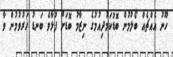
ހޫނު އެއްޗެއް ބޯލުމުން ބޮޑުކަމުދިއުމުގެ ނިޒާމު ބޮޑަށް ފުޅާވެ ބަނޑު ހަރުވުމުން ވާ